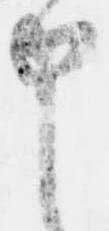
申